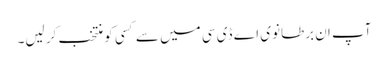
آپ ان برطانوی اے ڈی سی میں سے کسی کو منتخب کر لیں۔